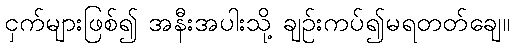
ငှက်များဖြစ်၍ အနီးအပါးသို့ ချဉ်းကပ်၍မရတတ်ချေ။